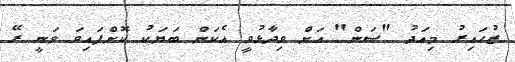
ޒުހައިރު މިއަދު "ސަން" އަށް ވިދާޅުވީ އެކަން ބަޔަކު ކޮށްފައިވަ ވަނީ ރޭ